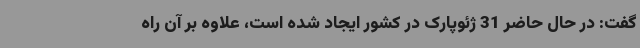
گفت: در حال حاضر 31 ژئوپارک در کشور ایجاد شده است، علاوه بر آن راه